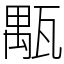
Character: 㼴